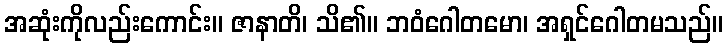
အဆုံးကိုလည်းကောင်း။ ဇာနာတိ၊ သိ၏။ ဘဝံဂေါတမော၊ အရှင်ဂေါတမသည်။